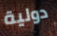
دولية